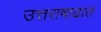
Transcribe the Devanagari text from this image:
उत्तराषाढात